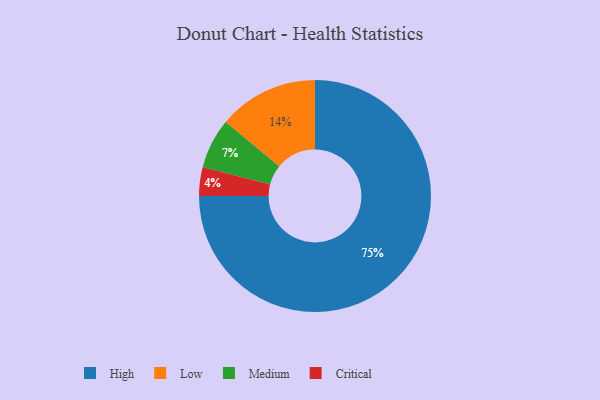
{"axis": {"x": "Category", "y": "Percentage"}, "legend": ["Critical", "High", "Low", "Medium"], "data": [{"x": "Low", "y": 14, "type": "Low"}, {"x": "Medium", "y": 7, "type": "Medium"}, {"x": "Critical", "y": 4, "type": "Critical"}, {"x": "High", "y": 75, "type": "High"}]}